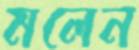
মলেন